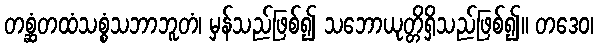
တစ္ဆံတထံသစ္စံသဘာဘူတံ၊ မှန်သည်ဖြစ်၍ သဘောယုတ္တိရှိသည်ဖြစ်၍။ တဒေဝ၊